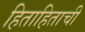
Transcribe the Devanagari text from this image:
हिताहिताची